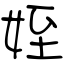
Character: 姪